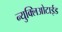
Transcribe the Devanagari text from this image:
न्युक्लिओटाईड